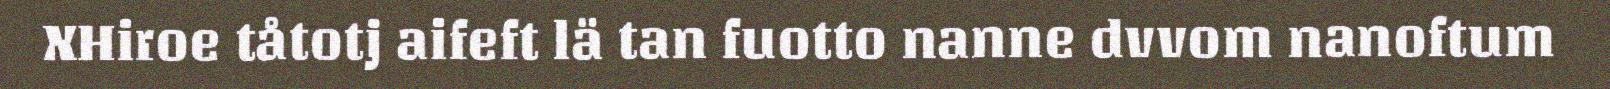
XHiroe tåtotj aifeft lä tan fuotto nanne dvvom nanoftum